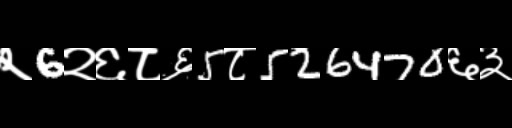
Text: २6२६८६5८526470६३